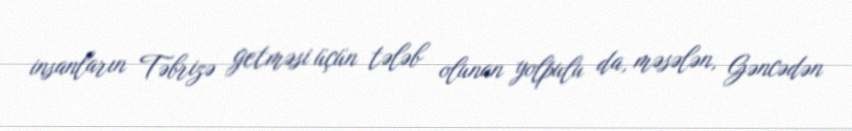
insanların Təbrizə getməsi üçün tələb olunan yolpulu da, məsələn, Gəncədən